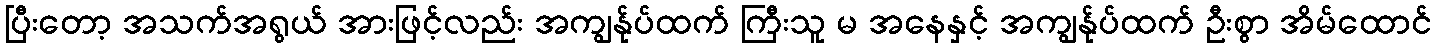
ပြီးတော့ အသက်အရွယ် အားဖြင့်လည်း အကျွန်ုပ်ထက် ကြီးသူ မ အနေနှင့် အကျွန်ုပ်ထက် ဦးစွာ အိမ်ထောင်